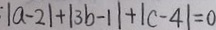
: \vert a - 2 \vert + \vert 3 b - 1 \vert + \vert c - 4 \vert = 0